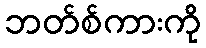
ဘတ်စ်ကားကို